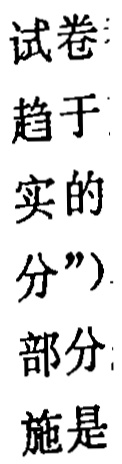
试卷
趋于
实的
分")
部分
施是